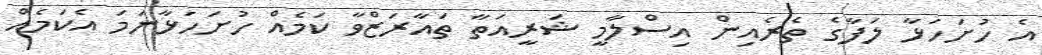
އެ ހުށަހަޅާ ލަފާގެ ތެރެއިން އިސްލާމީ ޝަރީއަތާ ތައާރަޒްވާ ކަމެއް ހުށަހަޅާނަމަ އެކަމެއް